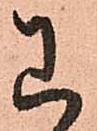
わ